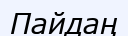
Пайдаң